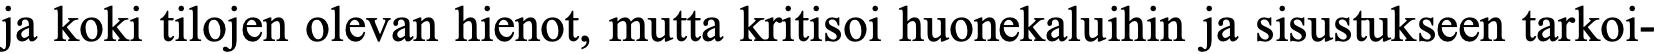
ja koki tilojen olevan hienot, mutta kritisoi huonekaluihin ja sisustukseen tarkoi-